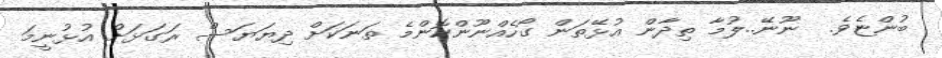
ބުންޏެވެ.  ނޫނޭ..ލުމާ ތިދާން އުޅޭތަން ގޯހެއްނޫންކޮންމެ ތަނަކަށް ދިޔަޔަސް ރަގަޅަށް އުޅުނީމަ